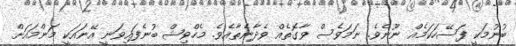
ބުނުމަކީ ފަސޭހަކަމެއް ނޫނެވެ. ނަމަވެސް ވާގޮތެއް ވެދާނެތާއެވެ. މެހްވިޝް ބުނެފައިވަނީ އޭނައަކީ މަންމައަށް